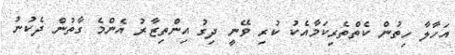
އަހާލާ ހިތުން ކެތްތެރިކަމާއެކު ކުރި ވޭނީ ދިގު އިންތިޒާރު އެންމެ ގާތުން ދެކުނު